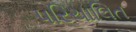
પરિચાલિત